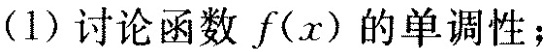
(1)讨论函数f(x)的单调性；